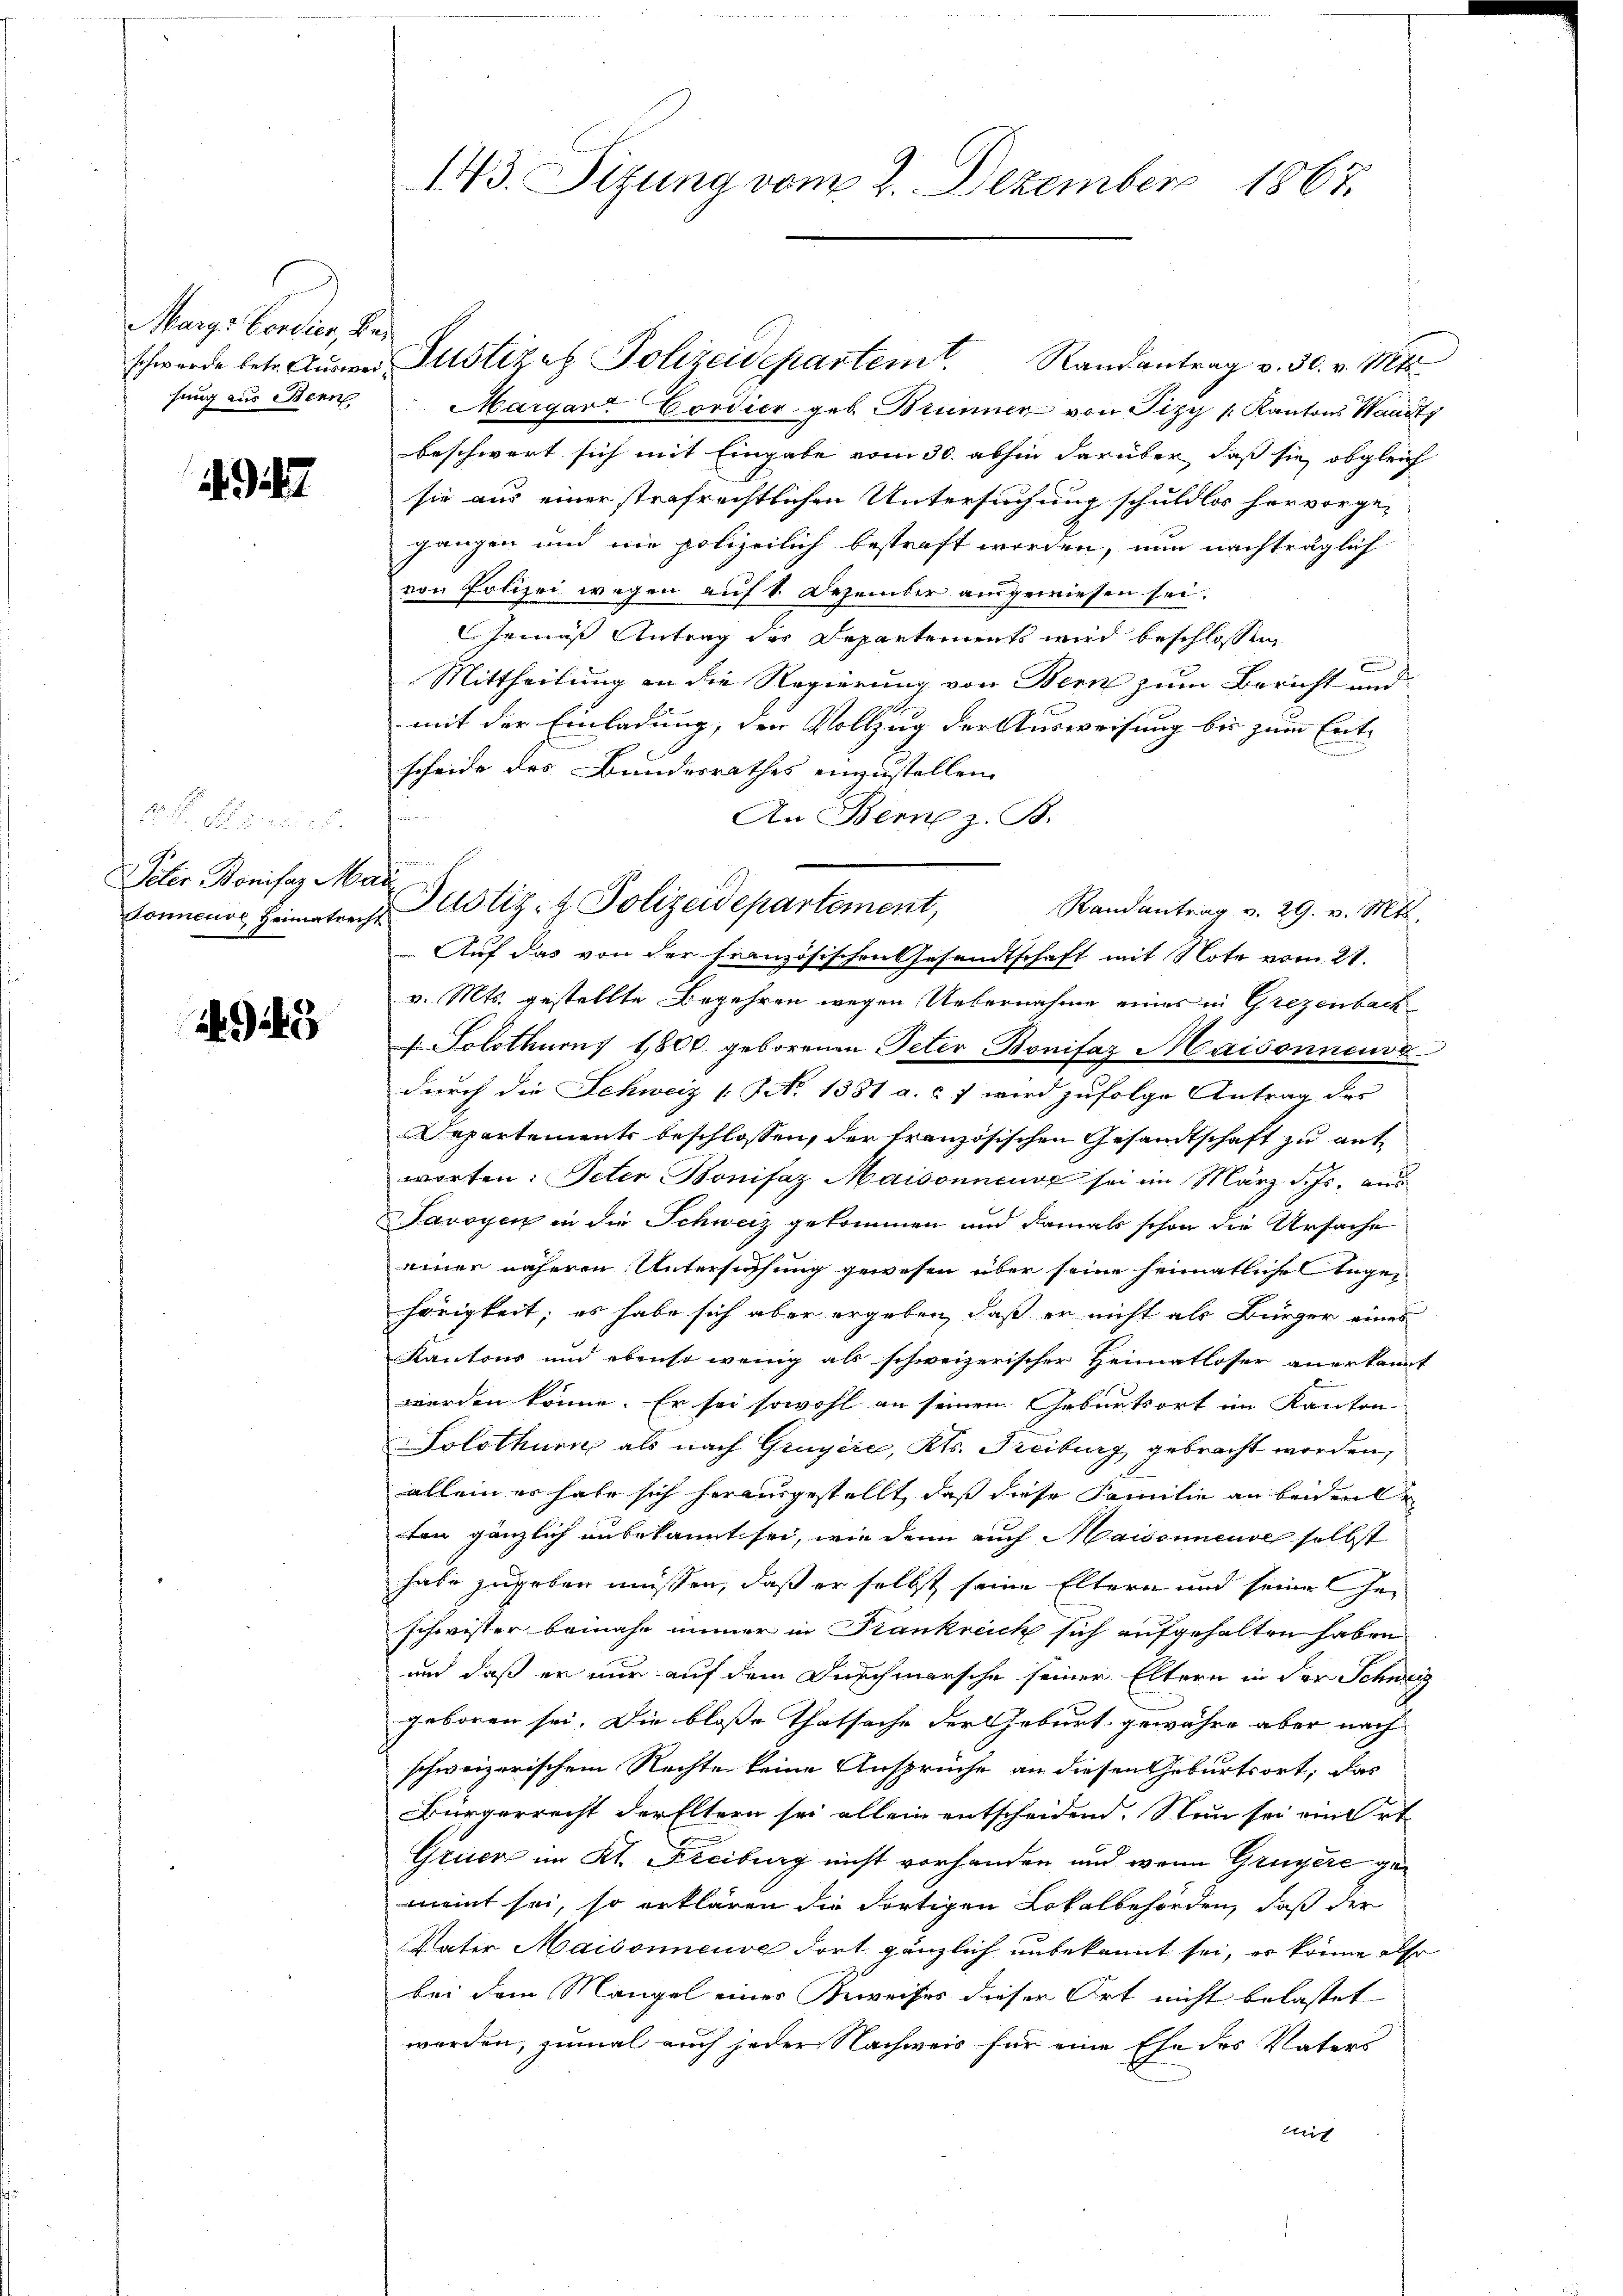
Marge Cordien, Bes
hung aus Bern

1947

Peter Bonifaz Ma
Sonnende Heimatrecht

1944

143. Sitzung vom 2. Dezember 1867.

schwerde betr. Aŭswei Justizen Polizeidepartem Randantrag v. 30. v. Mts.
Margar: Gordier geb. Brunnen von Pizy v. Kantons Waadt
beschwert sich mit Eingabe vom 30. abhin darüber, daß sie obgleich
sie aus einer strafrechtlichen Untersuchung schuldlos hervorge-
gangen und nie polizeilich bestraft worden, nun nachträglich
von Polizei wegen auf 1. Dezember ausgewiesen sei.
Gemäß Antrag der Departements wird beschlossen
Mittheilung an die Regierung von Bern zum Bericht und
mit der Einladung, den Vollzug der Ausweisung bis zum Ent-
scheide des Bundesrathes einzustellen
An Berez. B.
Auf das von der französischen Gesandtschaft mit Note vom 21.
v. Mts. gestellte Begehren wegen Uebernahme eines in Grezenback
1. Solothurn 1800. geborenen Peter Bonifaz Maisonnensa
durch die Schweiz [NNo. 1381 a. c. 7 wird zufolge Antrag des
Departements beschlossen, der französischen Gesandtschaft zu antworten: Peter Bonifaz Maisonneuve sei im März d. Js. aus
Savoyen in die Schweiz gekommen und damals schon die Ursache
einer näheren Untersuchung gewesen über seine heimatliche Angehörigkeit, es habe sich aber ergeben, daß er nicht als Bürger eines
Kantons und ebenso wenig als schweizerischer Heimatloser anerkannt
werden könne. Er sei sowohl an seinem Geburtsort im Kanton
Solothurn als nach Gruyère, Kts. Freiburg gebracht worden,
allein er habe sich herausgestellt, daß diese Familie an beiden
ten gänzlich unbekannt sei, wie denn auch Maisonnende selbst
habe zugeben müssen, daß er selbst seine Eltern und seine Ge-
schwister beinahe immer in Krankreich sich aufgehalten haben.
und daß er nur auf dem Durchmarsche seiner Eltern in der Schweiz
geboren sei. Die blosse Thatsache der Geburt gewähre aber nach
schweizerischem Rechte keine Ansprüche an diesen Geburtsort, das
Bürgerrecht der Eltern sei allein entscheidend. Nun sei ein Ort
Grucr im Kt. Freiburg nicht vorhanden und wenn Grügere gemeint sei, so erklären die dortigen Lokalbehörden, daß der
Vater Maisonneuve dort gänzlich unbekannt sei, er könne also
bei dem Mangel einer Beweises dieser Ort nicht belastet
werden, zumal auch jeder Nachweis für eine Ehe des Vaters
Aich

t
Justiz- & Polizeidepartement, Randantrag v. 29. v. Mts.